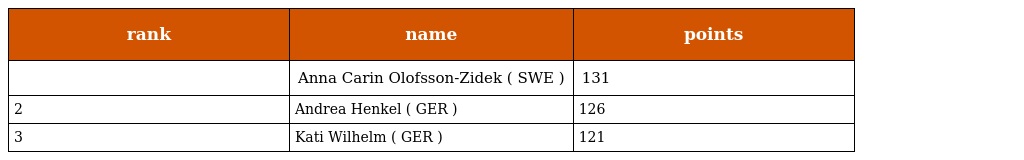
| rank | name | points |
 | --- | --- | --- |
 |  | Anna Carin Olofsson-Zidek ( SWE ) | 131 |
 | 2 | Andrea Henkel ( GER ) | 126 |
 | 3 | Kati Wilhelm ( GER ) | 121 |